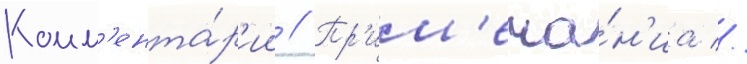
Комм'ента́р'ии // Пр'им'еча́н'иа //